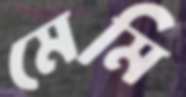
মেমি